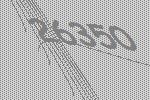
26350